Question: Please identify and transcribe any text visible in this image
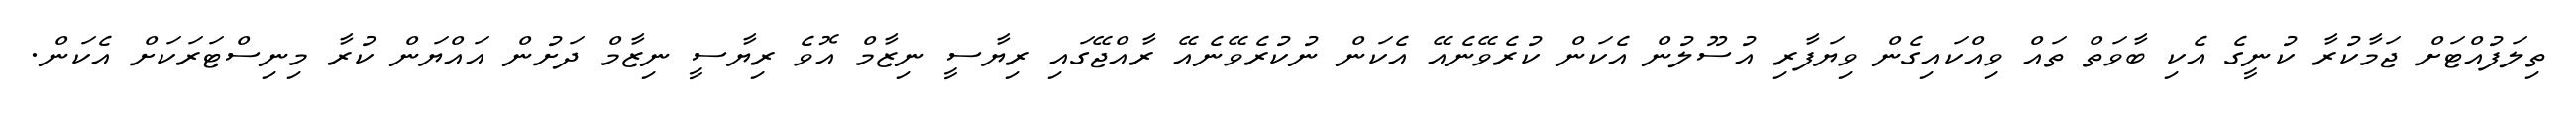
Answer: ތިލަފުއްޓަށް ޖަމާކުރާ ކުނީގެ އެކި ބާވަތް ތައް ވިއްކައިގެން ވިޔަފާރި އުސޫލުން އެކަން ކުރެވޭނެއޭ އެކަން ނުކުރެވޭނެއޭ ރާއްޖޭގައި ރިޔާސީ ނިޒާމް އޮވެ ރިޔާސީ ނިޒާމް ދަށުން އައްޔަން ކުރާ މިނިސްޓަރަކަށް އެކަން.